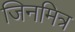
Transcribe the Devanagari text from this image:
जिनमित्र